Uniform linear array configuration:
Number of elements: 12
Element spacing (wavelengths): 0.25
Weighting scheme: binomial
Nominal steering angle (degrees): -30
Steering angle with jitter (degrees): -29.433
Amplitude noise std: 0.05
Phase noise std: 0.05

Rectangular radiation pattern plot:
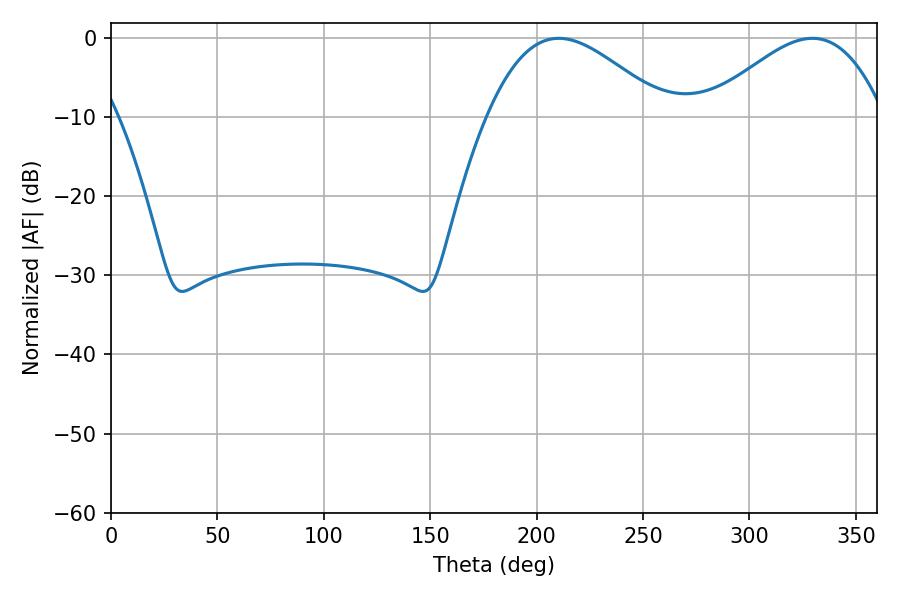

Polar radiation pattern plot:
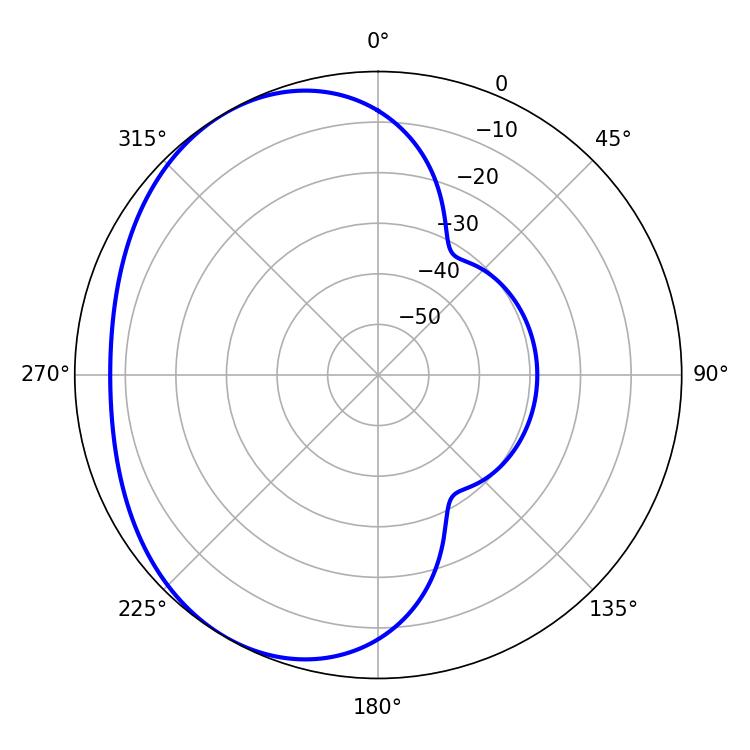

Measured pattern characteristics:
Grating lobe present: FALSE
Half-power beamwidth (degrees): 45
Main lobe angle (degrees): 210.42